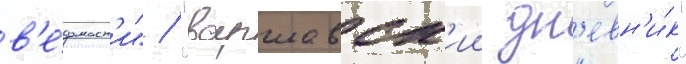
в'е́домост'и" / "варшавск'ии дн'евн'и́к"